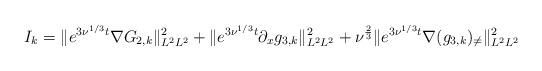
LaTeX: \begin{align*}I_k=\|e^{3\nu^{1/3}t} \nabla G_{2,k}\|_{L^2L^2}^2+\|e^{3\nu^{1/3}t} \partial_xg_{3,k}\|_{L^2L^2}^2+\nu^{\frac{2}{3}}\|e^{3\nu^{1/3}t} \nabla(g_{3,k})_{\neq}\|_{L^2L^2}^2\end{align*}